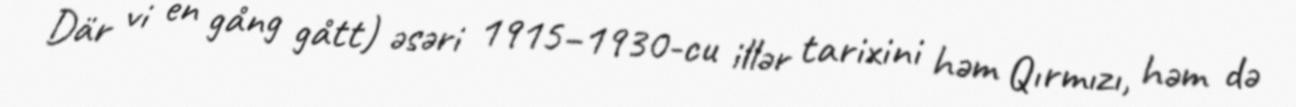
Där vi en gång gått) əsəri 1915–1930-cu illər tarixini həm Qırmızı, həm də